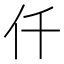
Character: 仟